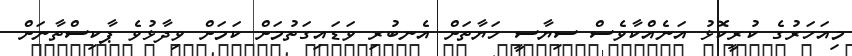
މިއަހަރުގެ ކުރީކޮޅު އަނެއްކާވެސް ސިޔާސީ ހަޔާތަށް އެނބުރި ވަޑައިގަތުމަށް ކަމަށް ވިދާޅުވެ ޕާކިސްތާނަށް